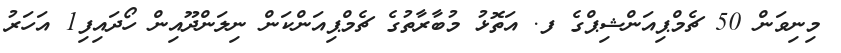
މިނިވަން 50 ޗެމްޕިއަންޝިޕްގެ ފ. އަތޮޅު މުބާރާތުގެ ޗެމްޕިއަންކަން ނިލަންދޫއިން ހޯދައިފި1 އަހަރު